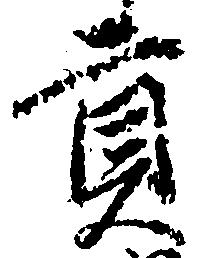
貢